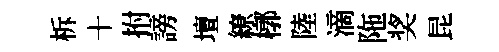
柝十拊謗壇繚槨陸滴陁奖昆